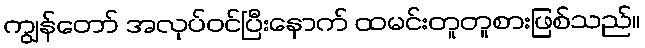
ကျွန်တော် အလုပ်ဝင်ပြီးနောက် ထမင်းတူတူစားဖြစ်သည်။